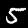
Digit: 5